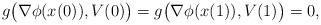
LaTeX: \begin{align*}g\big(\nabla \phi(x(0)),V(0)\big)=g\big(\nabla \phi(x(1)),V(1)\big)=0,\end{align*}